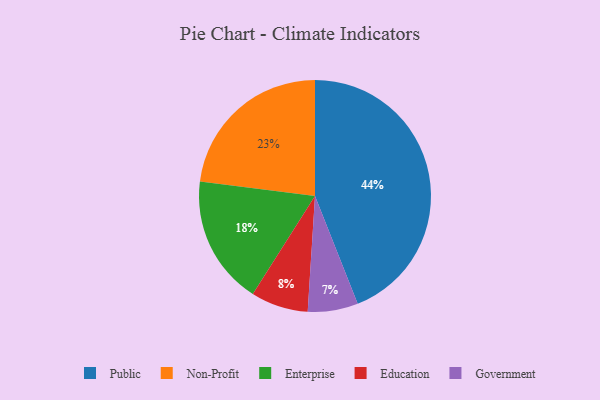
{"axis": {"x": "Category", "y": "Percentage"}, "legend": ["Education", "Enterprise", "Government", "Non-Profit", "Public"], "data": [{"x": "Non-Profit", "y": 23, "type": "Non-Profit"}, {"x": "Education", "y": 8, "type": "Education"}, {"x": "Government", "y": 7, "type": "Government"}, {"x": "Enterprise", "y": 18, "type": "Enterprise"}, {"x": "Public", "y": 44, "type": "Public"}]}